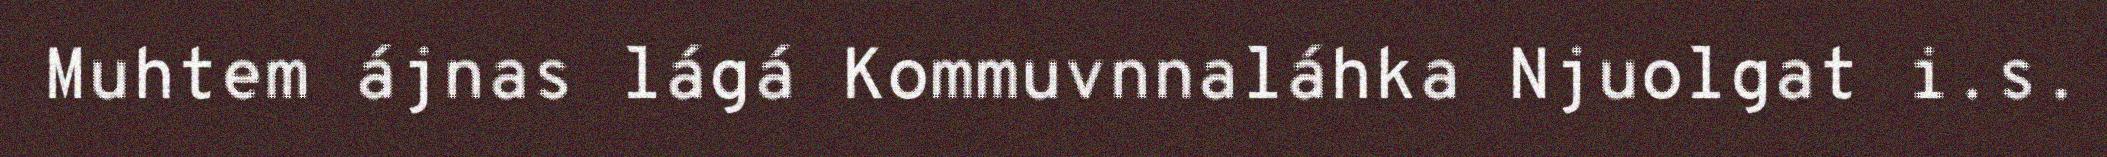
Muhtem ájnas lágá Kommuvnnaláhka Njuolgat i.s.